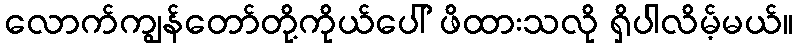
လောက်ကျွန်တော်တို့ကိုယ်ပေါ် ဖိထားသလို ရှိပါလိမ့်မယ်။